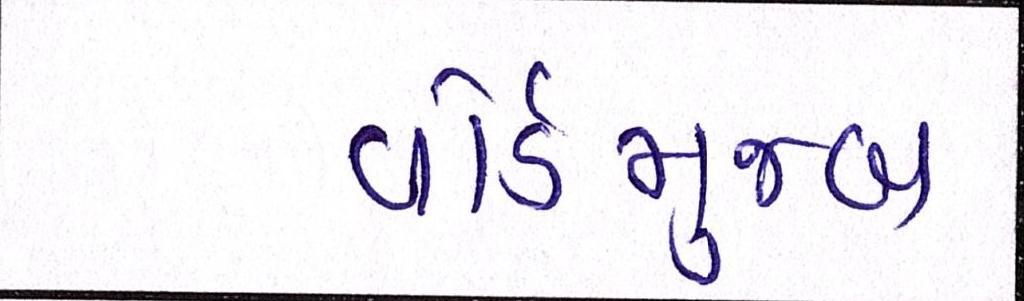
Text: વોર્ડમુજબ